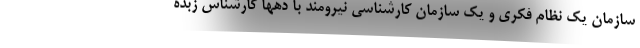
سازمان یک نظام فکری و یک سازمان کارشناسی نیرومند با دهها کارشناس زبده